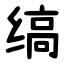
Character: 缟